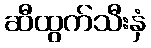
ဆီထွက်သီးနှံ